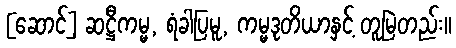
[ဆောင်] ဆဋ္ဌီကမ္မ, ရံခါပြမူ, ကမ္မဒုတိယာနှင့် တူမြဲတည်း။